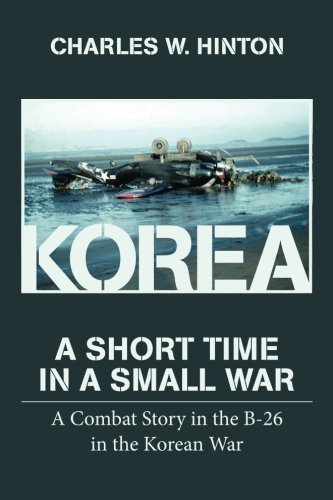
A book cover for Korea - A Short Time In A Small War: A Combat Story in the B-26 in the Korean War; Charles W Hinton; History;